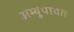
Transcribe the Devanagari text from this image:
अभ्युपायत